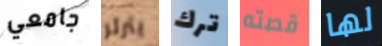
جامعي يثرثر ترك قصته لها